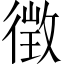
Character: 徴